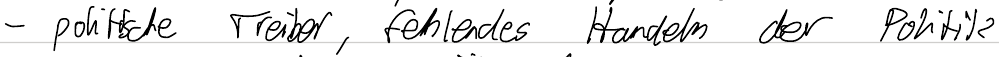
- politische Treiber, fehlendes Handeln der Politik